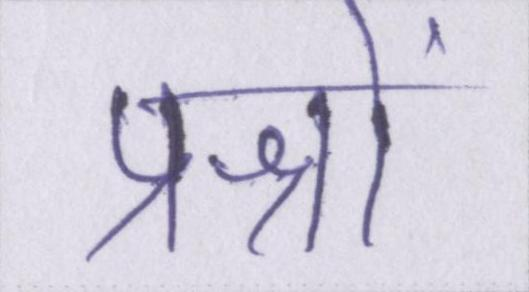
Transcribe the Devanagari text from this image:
प्रश्नों